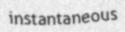
instantaneous